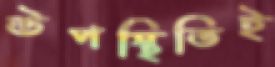
উপস্থিতিই